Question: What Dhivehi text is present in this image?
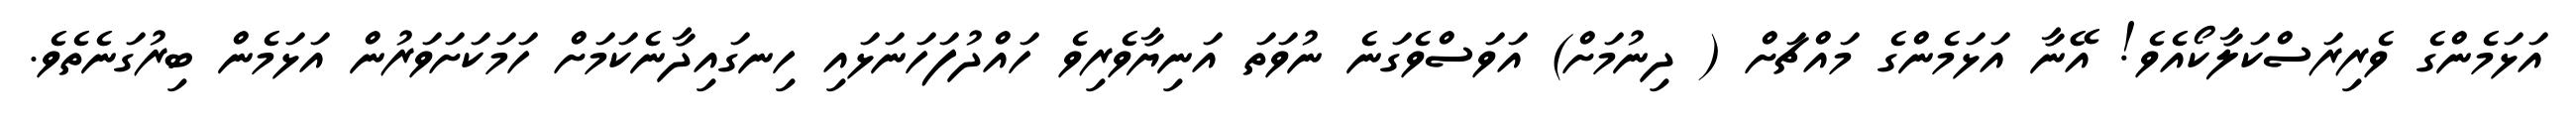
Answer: އަޅަމެންގެ ވެރިރަސްކަލާކޯއެވެ! އޭނާ އަޅަމެންގެ މައްޗަށް ( ދިނުމަށް) އަވަސްވެގަނެ ނުވަތަ އަނިޔާވެރިވެ ހައްދުފަހަނަޅައި ހިނގައިދާނެކަމަށް ހަމަކަށަވަރުން އަޅަމެން ބިރުގަނެތެވެ.